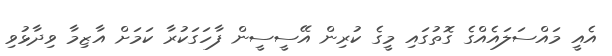
އެއީ މައްސަލައެއްގެ ގޮތުގައި މީގެ ކުރިން އޭސީސީން ފާހަގަކުރާ ކަމަށް އާޒިމާ ވިދާޅުވި